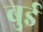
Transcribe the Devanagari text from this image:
बुई